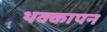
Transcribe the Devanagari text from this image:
थक्कापन